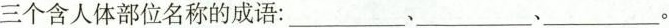
三个含人体部位名称的成语：___、___、___。